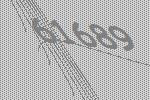
61689